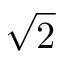
\sqrt { 2 }